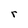
Character: r